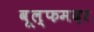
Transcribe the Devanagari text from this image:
वूल्‍फमदर